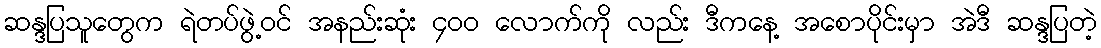
ဆန္ဒပြသူတွေက ရဲတပ်ဖွဲ့ဝင် အနည်းဆုံး ၄၀၀ လောက်ကို လည်း ဒီကနေ့ အစောပိုင်းမှာ အဲဒီ ဆန္ဒပြတဲ့